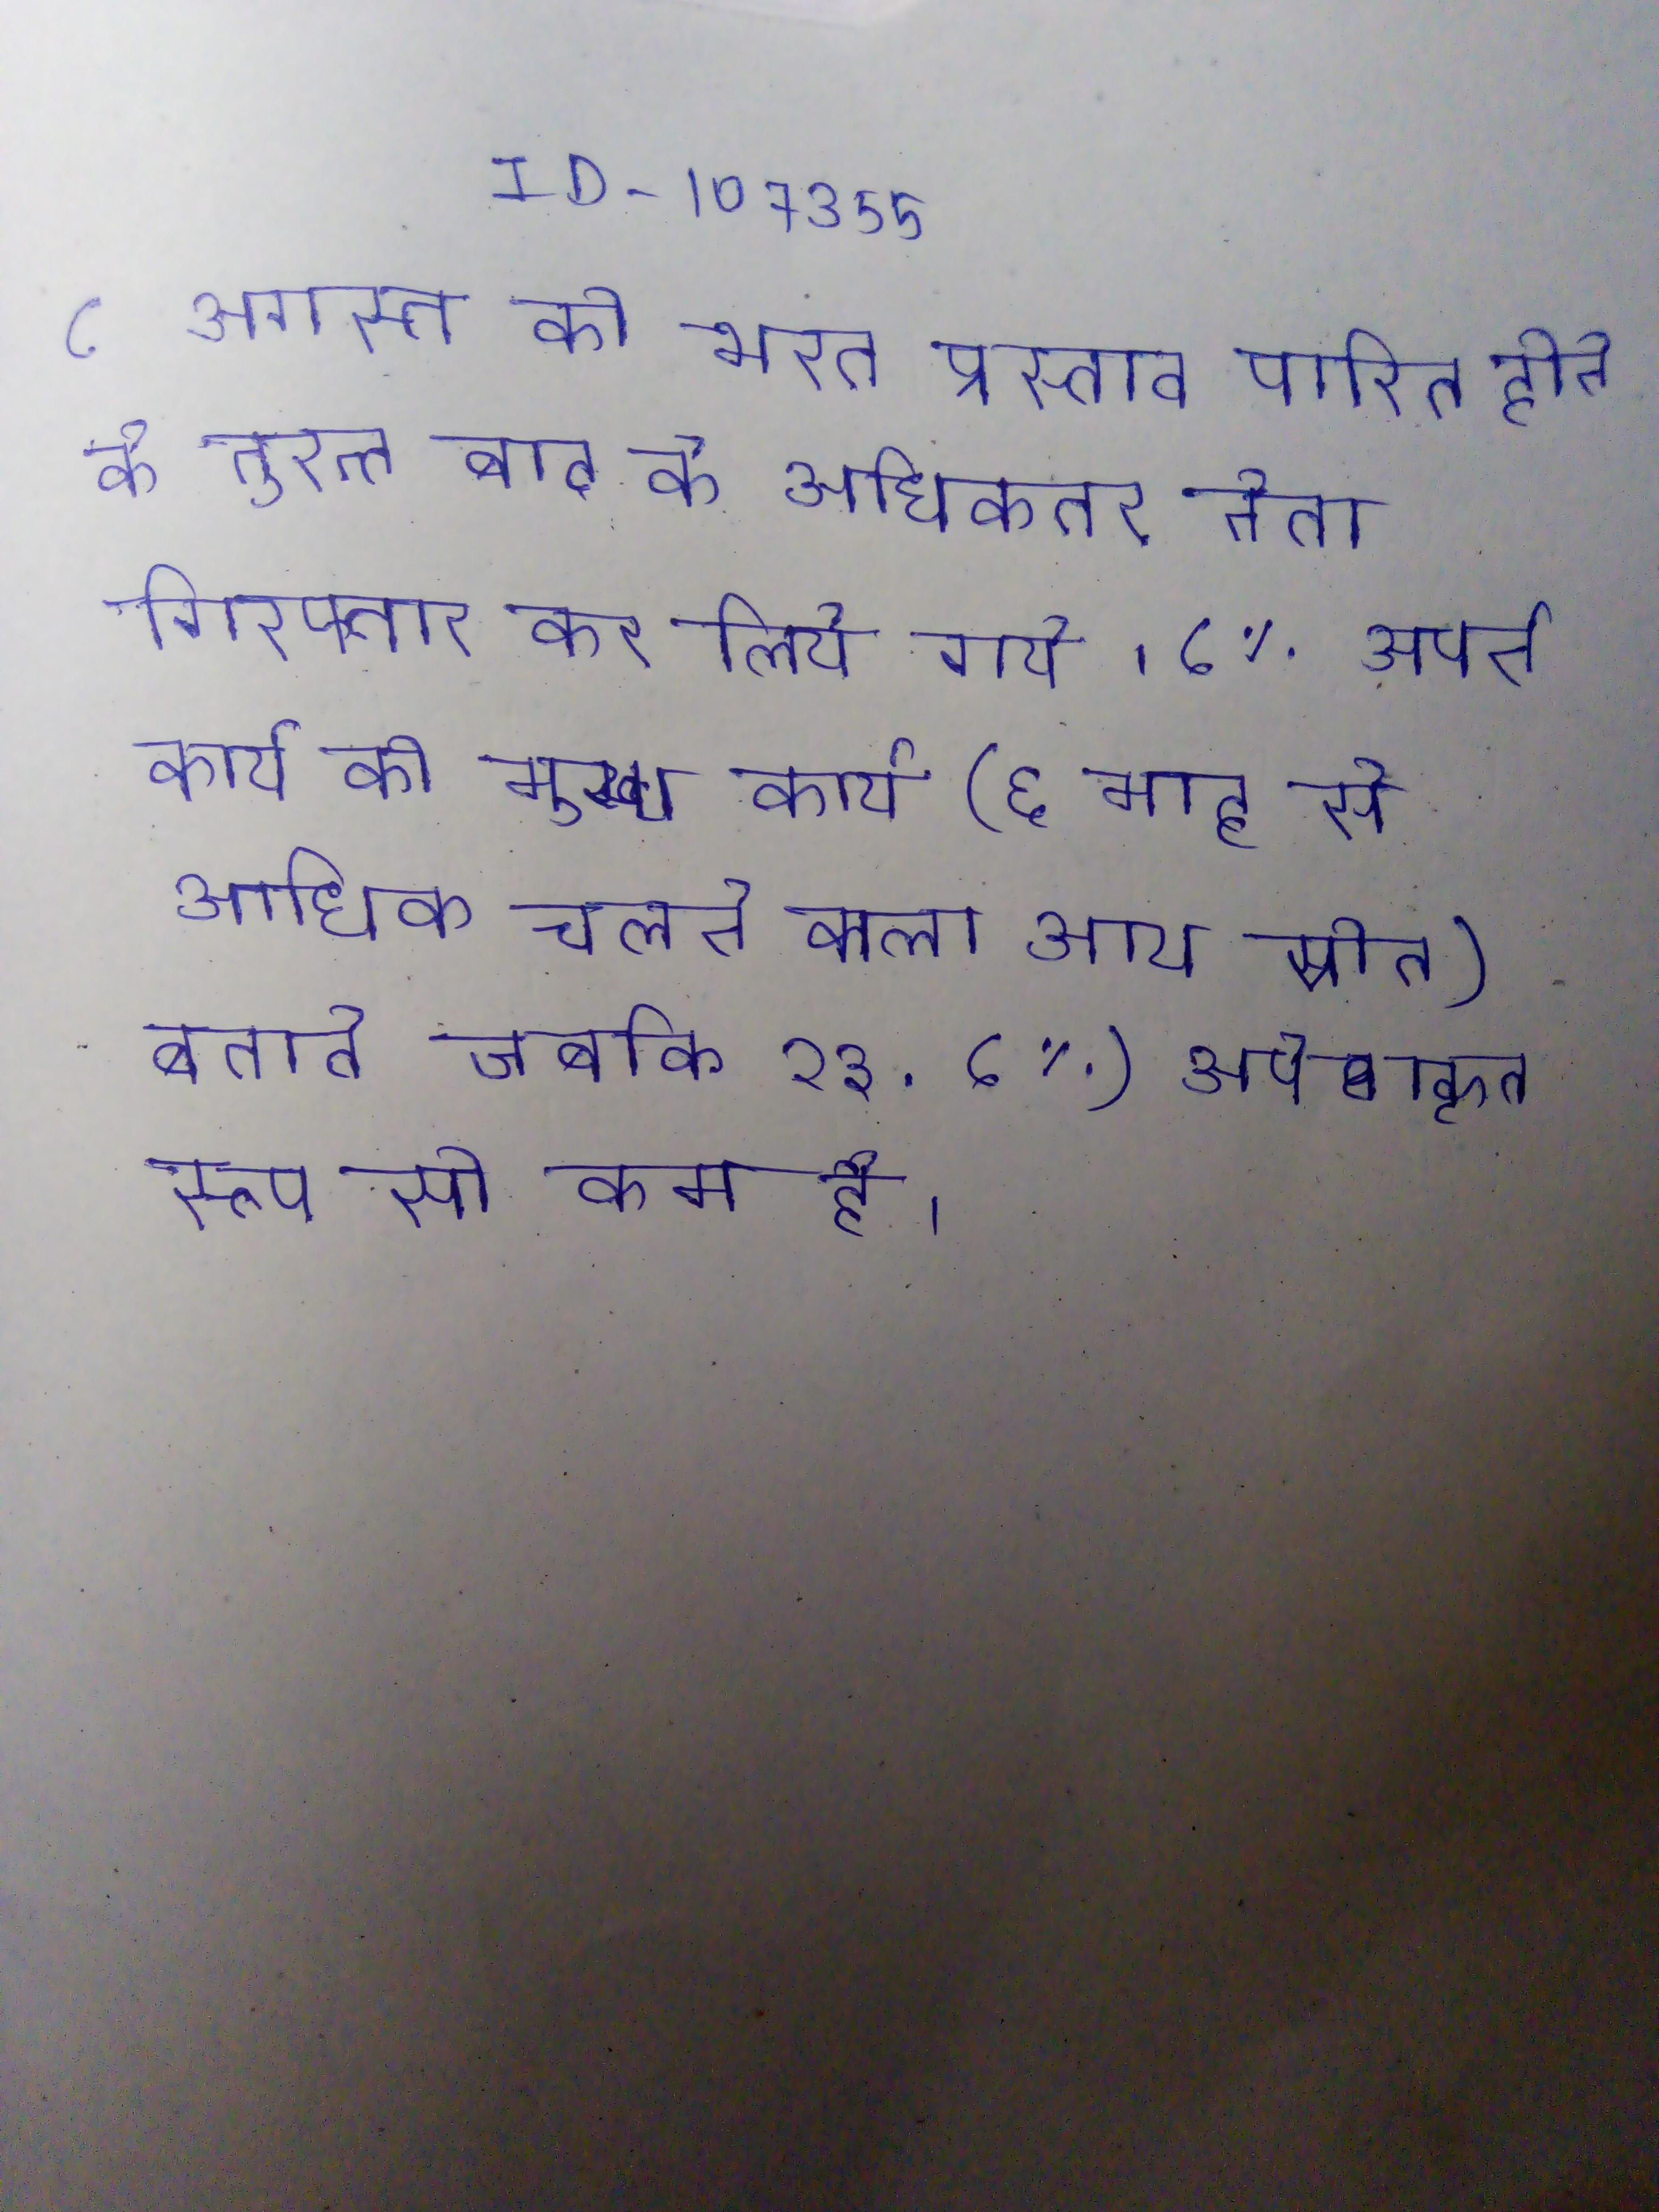
८ अगस्त को भारत प्रस्ताव पारित होने के तुरन्त बाद के अधिकतर नेता गिरफ्तार कर लिये गये । ८% अपने कार्य को मुख्य कार्य (६ माह से अधिक चलने वाला आय स्रोत) बताते जबकि १३ . ८%) अपेक्षाकृत रूप से कम है ।